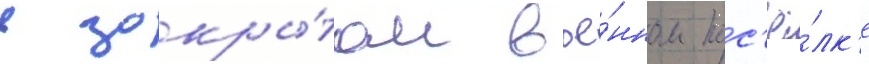
в закры́том вое́нном пос'ё́лк'е